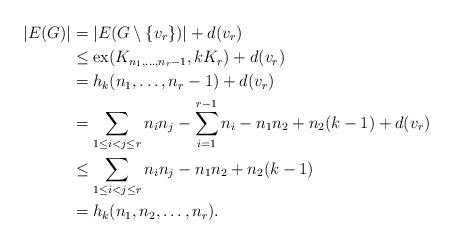
LaTeX: \begin{align*}|E(G)| &= |E(G \setminus \{v_r\})| + d(v_r) \\&\leq \operatorname{ex}(K_{n_1,\ldots,n_r-1},kK_r) + d(v_r) \\&=h_k(n_1,\ldots,n_r-1)+d(v_r)\\& = \sum_{1\leq i<j\leq r}n_in_j - \sum_{i = 1}^{r-1}n_i - n_1n_2 + n_2(k-1) + d(v_r)\\&\leq \sum_{1\leq i<j\leq r}n_in_j - n_1n_2 + n_2(k-1) \\&= h_k(n_1,n_2,\ldots,n_r).\end{align*}